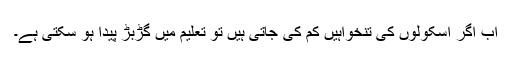
اب اگر اسکولوں کی تنخواہیں کم کی جاتی ہیں تو تعلیم میں گڑبڑ پیدا ہو سکتی ہے۔